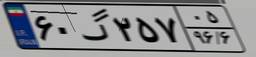
۵۸گ۰۱۰۶۷